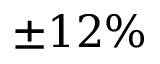
\pm 1 2 \%